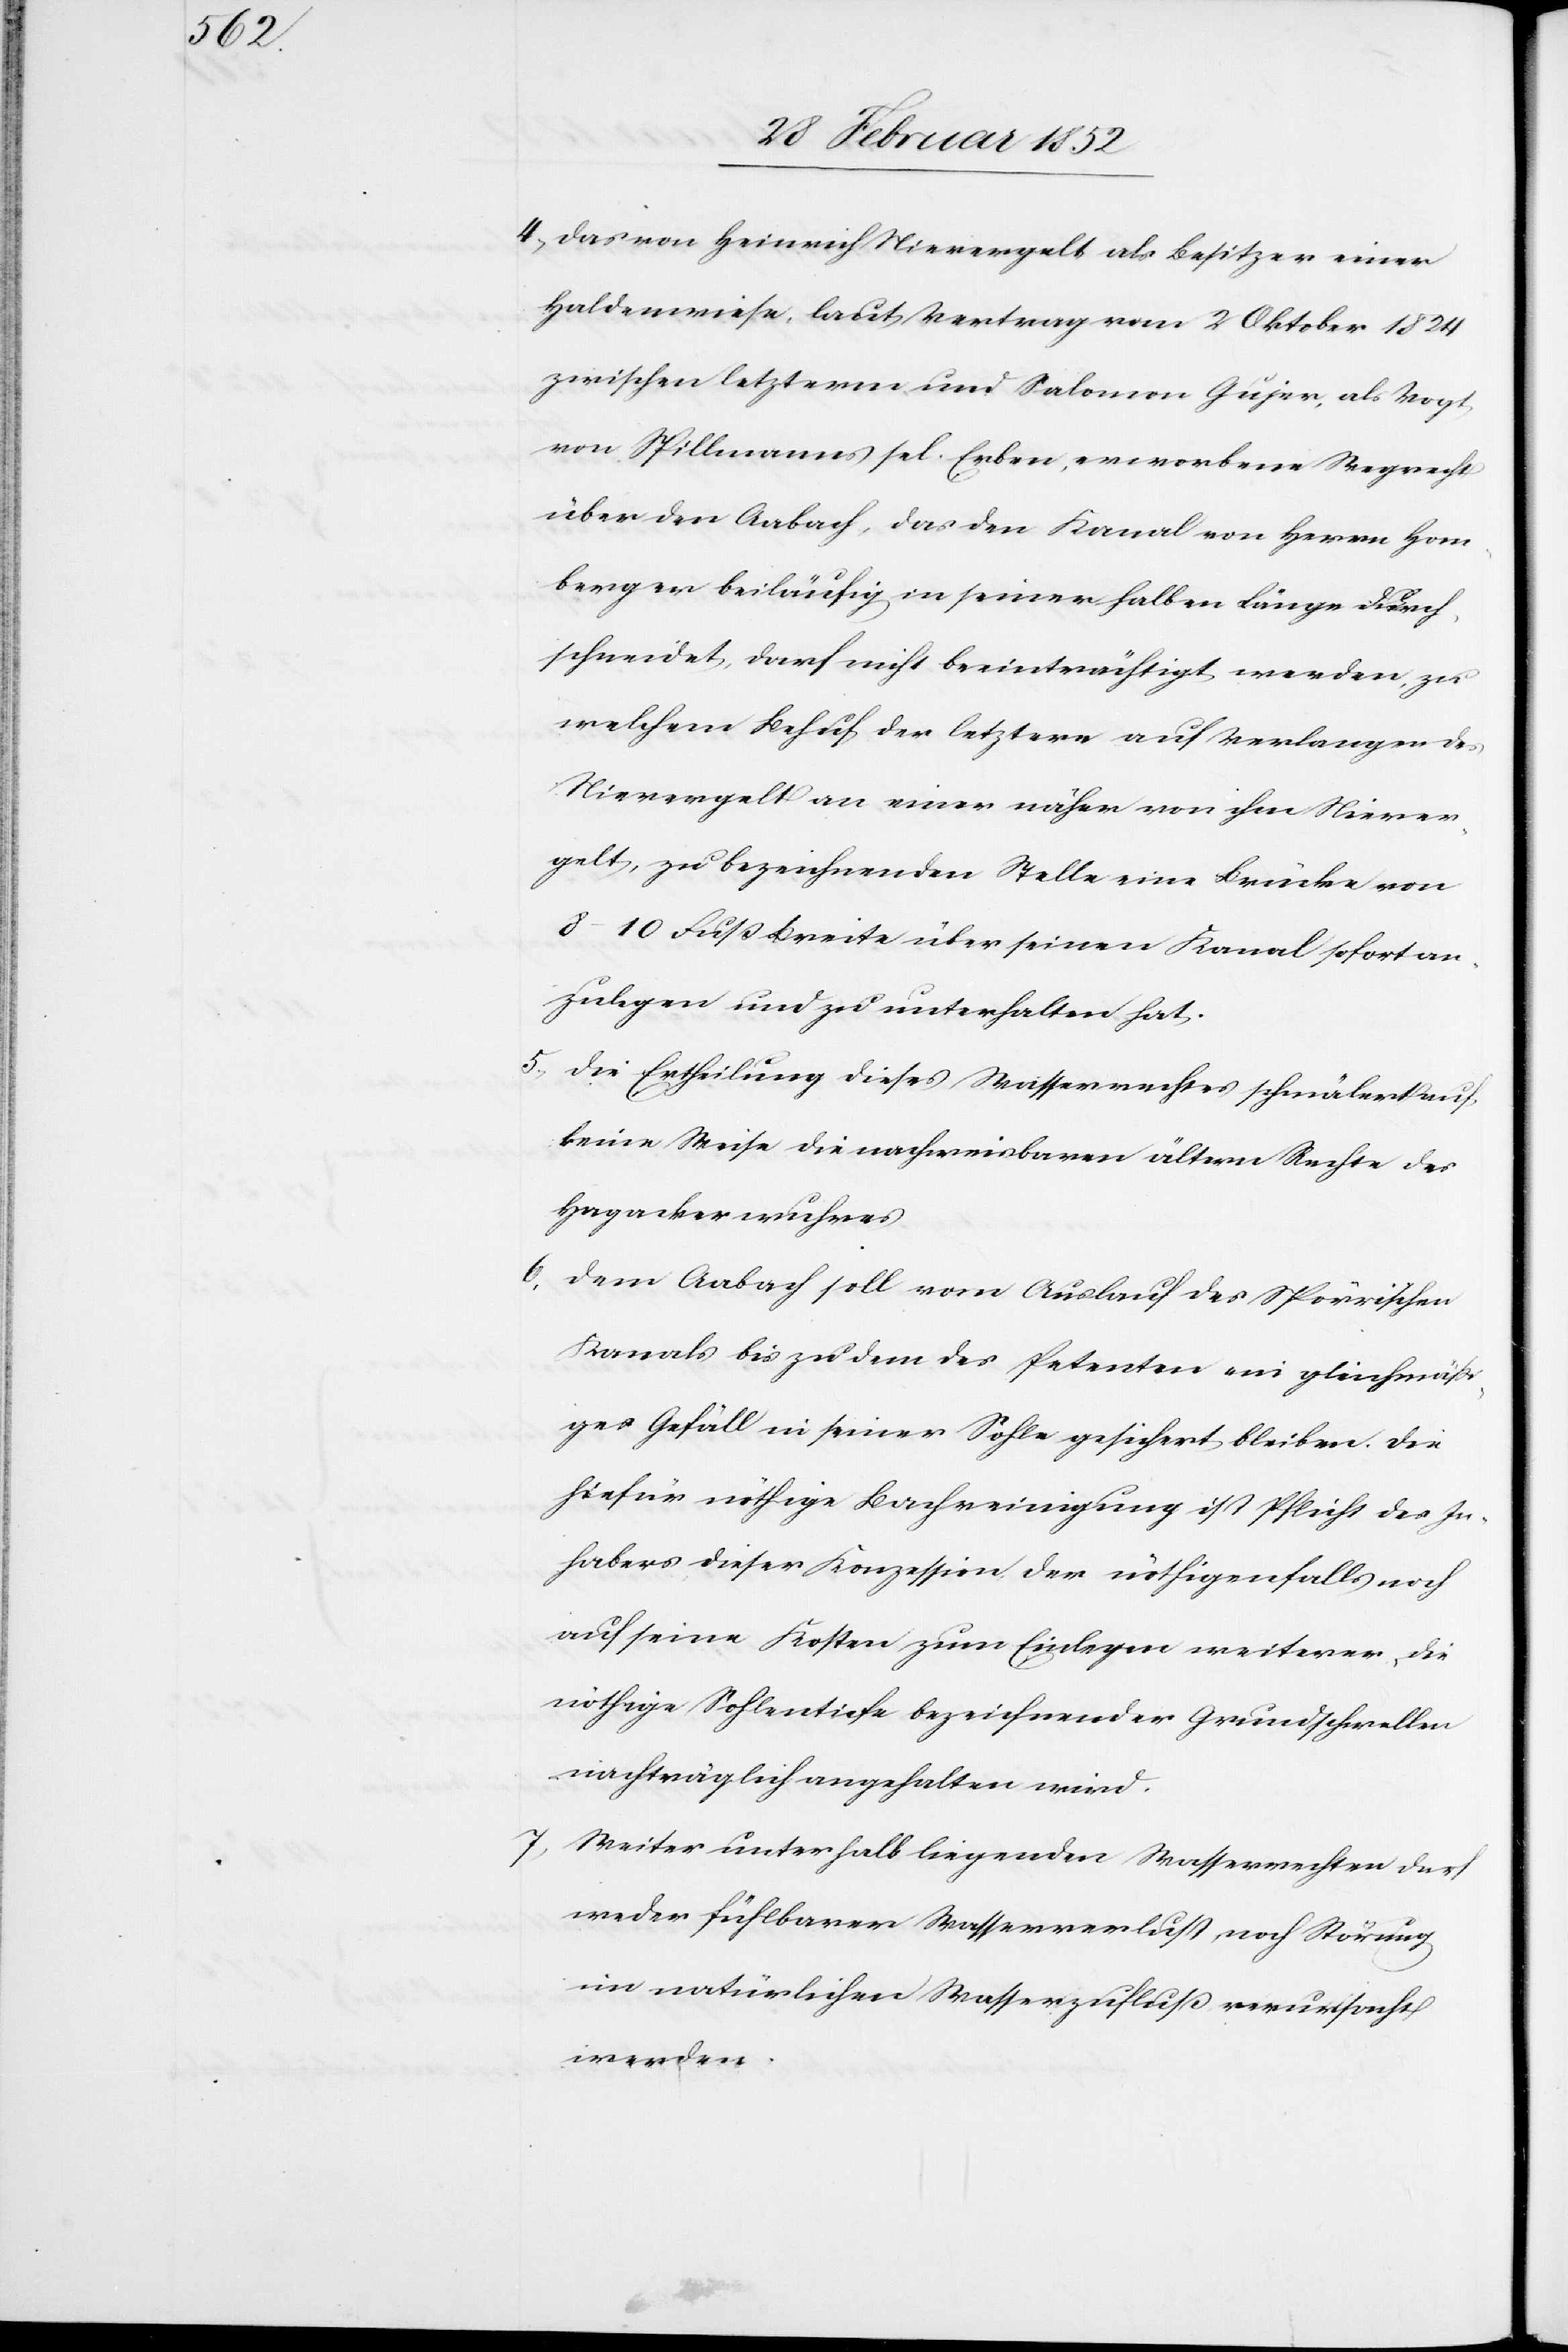
4) Das von Heinrich Nievergelt als Besitzer einer
Haldenwiese, laut Vertrag vom 2 Oktober 1824
zwischen letzterm und Salomon Gujer, als Vogt
von Spillmanns sel. Erben, erworbene Wegrecht
über den Aabach, das den Kanal von Herrn Hom¬
berger beiläufig in seiner halben Länge durch¬
schneidet, darf nicht beeinträchtigt werden, zu
welchem Behuf der letztere auf Verlangen des
Nievergelt an einer näher von ihm Niever¬
gelt, zu bezeichnenden Stelle eine Brücke von
8–10 Fuß Breite über seinen Kanal sofort an¬
zulegen und zu unterhalten hat.
5.) Die Ertheilung dieses Wasserrechtes schmälert auf
keine Weise die nachweisbaren ältern Rechte des
Hagackerwuhres.
6. Dem Aabach soll vom Auslauf des Spörrischen
Kanals bis zu dem des Petenten ein gleichmäß¬
iges Gefäll in seiner Sohle gesichert bleiben. Die
hiefür nöthige Bachreinigung ist Pflicht des In¬
habers dieser Konzession der nöthigenfalls noch
auf seine Kosten zum Einlegen weiterer, die
nöthige Sohlentiefe bezeichnender Grundschwellen
nachträglich angehalten wird.
7) Weiter unterhalb liegenden Wasserrechten darf
weder fühlbarer Wasserverlust, noch Störung
im natürlichen Wasserzufluss verursacht
werden.